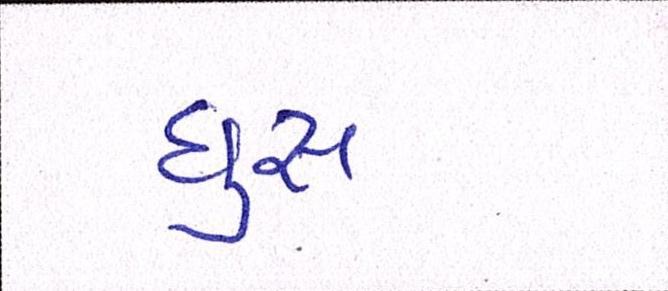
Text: ઘુસ